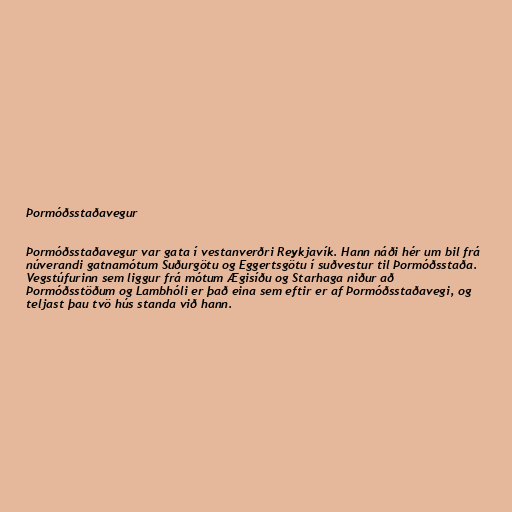
Þormóðsstaðavegur

Þormóðsstaðavegur var gata í vestanverðri Reykjavík. Hann náði hér um bil frá
núverandi gatnamótum Suðurgötu og Eggertsgötu í suðvestur til Þormóðsstaða.
Vegstúfurinn sem liggur frá mótum Ægisíðu og Starhaga niður að
Þormóðsstöðum og Lambhóli er það eina sem eftir er af Þormóðsstaðavegi, og
teljast þau tvö hús standa við hann.